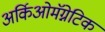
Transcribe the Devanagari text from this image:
अर्किओमॅग्नेटिक